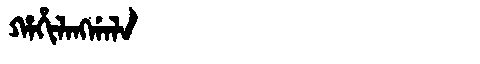
Manchu: ᡥᠠᡥᡳᠯᠠᠩᡤᠠᠯᠠ
Romanization: HAHILANGGALA